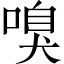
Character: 嗅